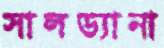
সালড্যানা